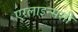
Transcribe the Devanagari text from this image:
एरलाइन्सशी